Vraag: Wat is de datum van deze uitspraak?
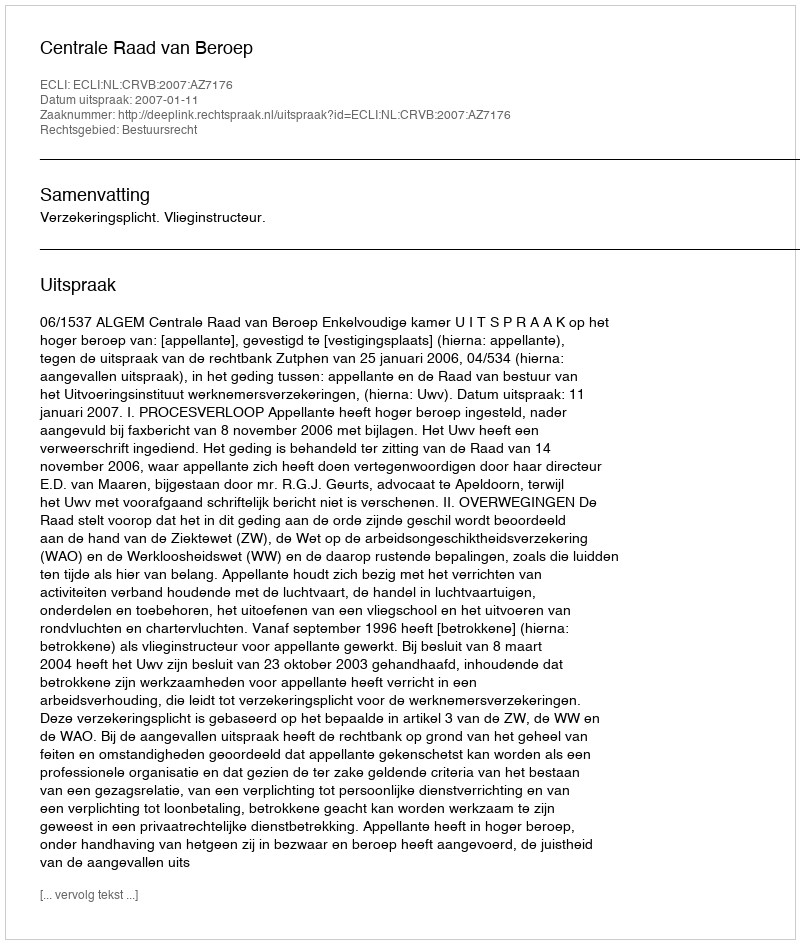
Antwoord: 2007-01-11